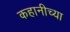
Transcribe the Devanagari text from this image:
कहानीच्या